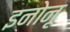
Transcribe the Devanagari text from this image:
इनोनू